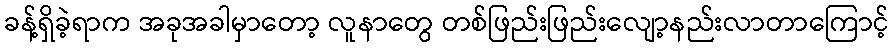
ခန့်ရှိခဲ့ရာက အခုအခါမှာတော့ လူနာတွေ တစ်ဖြည်းဖြည်းလျော့နည်းလာတာကြောင့်